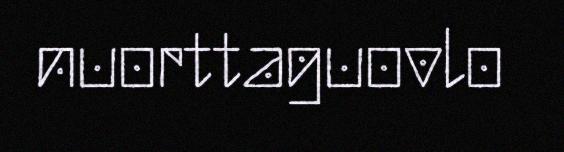
nuorttaguovlo